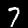
Digit: 7